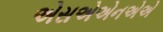
એસએએનએએ